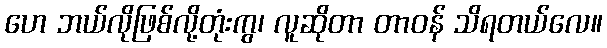
ဟေ ဘယ်လိုဖြစ်လို့တုံးကွ၊ လူဆိုတာ တာဝန် သိရတယ်လေ။